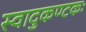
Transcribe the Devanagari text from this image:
स्वादुकण्टकः